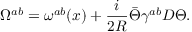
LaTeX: \Omega ^ { a b } = \omega ^ { a b } ( x ) + { \frac { i } { 2 R } } \bar { \Theta } \gamma ^ { a b } { \cal D } \Theta .